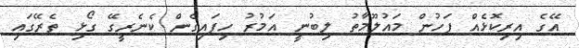
އޭގެ އިރިކޮޅެއް ފަހުން މައުލޫމާތު ލިބުނީ އަމުރު ހިފައިގެން ކެނެރީގޭ ގޯޅި ތެރޭގައި